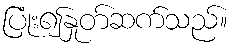
ပြုံး၍နှုတ်ဆက်သည်။